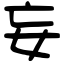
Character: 妄